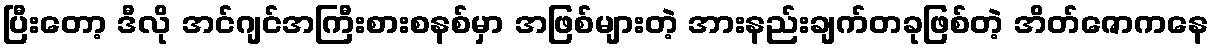
ပြီးတော့ ဒီလို အင်ဂျင်အကြီးစားစနစ်မှာ အဖြစ်များတဲ့ အားနည်းချက်တခုဖြစ်တဲ့ အိတ်ဇောကနေ